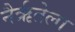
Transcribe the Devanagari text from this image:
नैर्ऋतेला